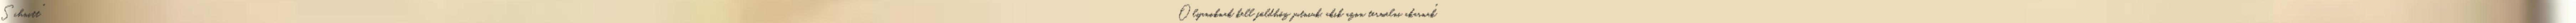
Schnitt "Olyanoknak kell földhöz jutniuk, akik azon termelni akarnak"